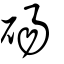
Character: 碭